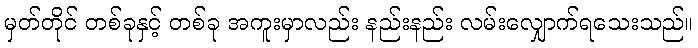
မှတ်တိုင် တစ်ခုနှင့် တစ်ခု အကူးမှာလည်း နည်းနည်း လမ်းလျှောက်ရသေးသည်။